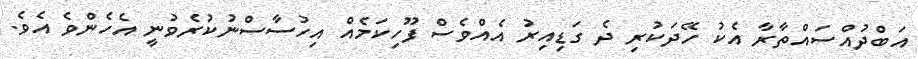
އަބްދުއްސައްތާރާ އެކު ހޭދަކުރި ދެ ގަޑިއިރު އެއްވެސް ފޫހިކަމެއް އިހުސާސްނުކުރެވުނީ އެހެންވެ އެވެ.